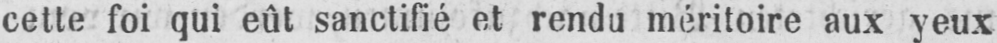
cette foi qui eût sanctifié et rendu méritoire aux yeux